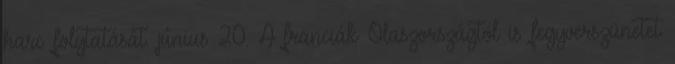
harc folytatását. június 20. A franciák Olaszországtól is fegyverszünetet